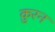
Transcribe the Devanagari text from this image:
क़ुरन